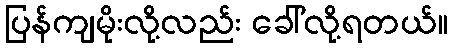
ပြန်ကျမိုးလို့လည်း ခေါ်လို့ရတယ်။